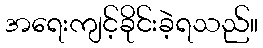
အရေးကျင့်ခိုင်းခဲ့ရသည်။